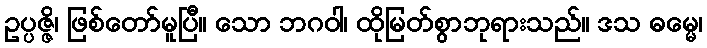
ဥပ္ပဇ္ဇိ၊ ဖြစ်တော်မူပြီ။ သော ဘဂဝါ၊ ထိုမြတ်စွာဘုရားသည်။ ဒသ ဓမ္မေ၊